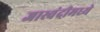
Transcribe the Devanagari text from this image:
जास्वंदीमध्ये